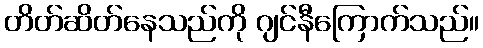
တိတ်ဆိတ်နေသည်ကို ဂျင်နီကြောက်သည်။